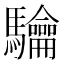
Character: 𮪟